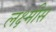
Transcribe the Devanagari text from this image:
लक्ष्मीस